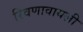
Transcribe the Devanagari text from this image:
रिवणावायली